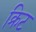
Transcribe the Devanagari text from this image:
क्रिट